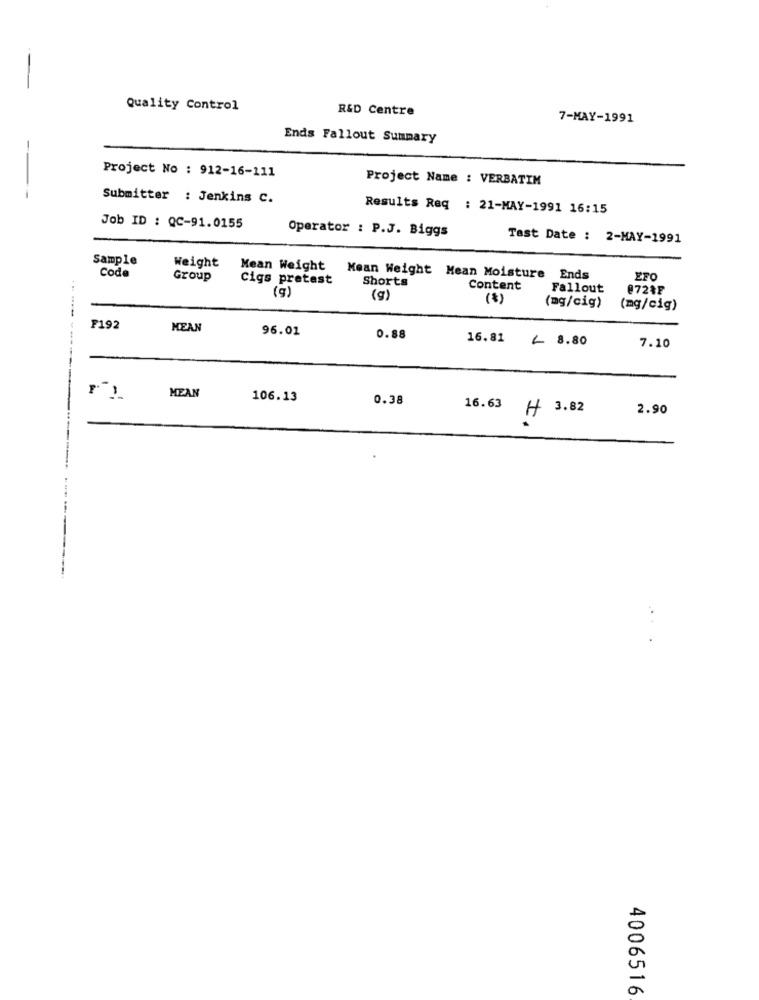
-
Quality Control
R&D Centre
7-MAY-1991
Ends Fallout Summary
-
Project No : 912-16-111
Project Name : VERBATIM
Submitter : Jenkins C.
Results Req : 21-MAY-1991 16:15
Job ID : QC-91.0155
Operator : P.J. Biggs
Tast Date : 2-MAY-1991
Sample
Weight
Mean Weight
Code
Group
Cigs pretest
Mean Weight Mean Moisture Ends
Shorts
EFO
(g)
Content
Fallout
@724F
(g)
(%)
(mg/cig)
(mg/cig)
F192
MEAN
96.01
0.88
16.81
L 8.80
7.10
------
MEAN
106.13
0.38
16.63
H
3.82
2.90
4006516